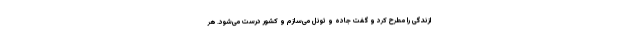
ازندگی را مطرح کرد و گفت جاده و تونل می‌سازم و کشور درست می‌شود. هر